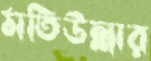
মতিউল্লার